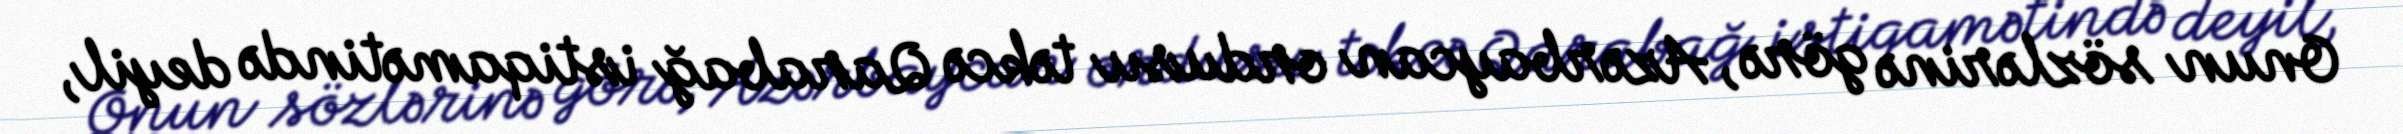
Onun sözlərinə görə, Azərbaycan ordusu təkcə Qarabağ istiqamətində deyil,